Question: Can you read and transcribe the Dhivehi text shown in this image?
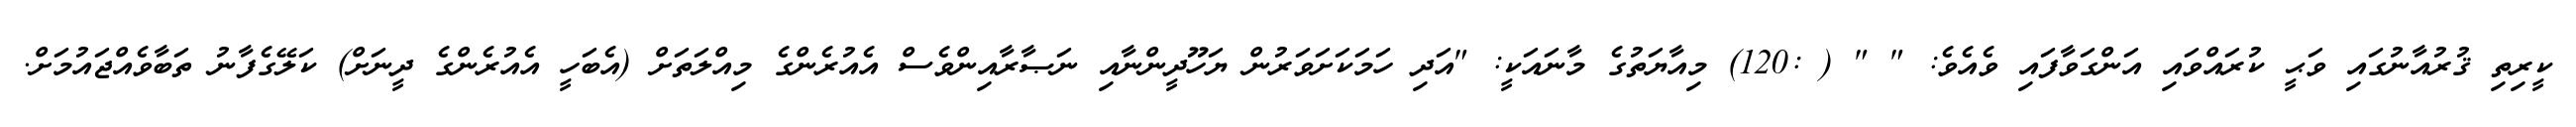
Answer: ކީރިތި ޤުރުއާނުގައި ވަޙީ ކުރައްވައި އަންގަވާފައި ވެއެވެ: " " ( :120) މިއާޔަތުގެ މާނައަކީ: "އަދި ހަމަކަށަވަރުން ޔަހޫދީންނާއި ނަޞާރާއިންވެސް އެއުރެންގެ މިއްލަތަށް (އެބަހީ އެއުރެންގެ ދީނަށް) ކަލޭގެފާނު ތަބާވެއްޖައުމަށް.